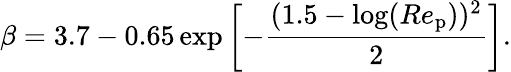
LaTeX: {\beta}=3.7-0.65\exp\left[-\frac{(1.5-\log(Re_{\mathrm{p}}))^{2}}{2}\right].